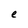
Character: e